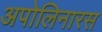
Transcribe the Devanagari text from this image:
अपोलिनारस